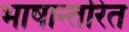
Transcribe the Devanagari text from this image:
भाषान्तरित